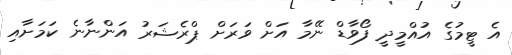
އެ ޓީމުގެ އުއްމީދީ ފޯވާޑް ނޭމާ އަށް ވަރަށް ޕްރެޝަރު އަންނާނެ ކަމަށާއި